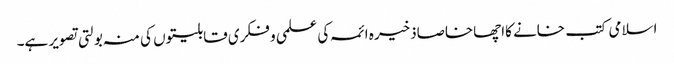
اسلامی کتب خانے کااچھاخاصاذخیرہ ائمہ کی علمی و فکری قابلیتوں کی منہ بولتی تصویر ہے۔